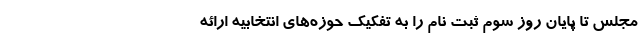
مجلس تا پایان روز سوم ثبت نام را به تفکیک حوزه‌های انتخابیه ارائه